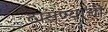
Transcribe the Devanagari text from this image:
ठासण्याची